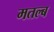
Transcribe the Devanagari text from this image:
मतल्ब